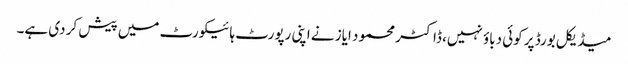
میڈیکل بورڈ پر کوئی دباؤ نہیں، ڈاکٹر محمود ایاز نے اپنی رپورٹ ہائیکورٹ میں پیش کر دی ہے۔